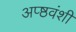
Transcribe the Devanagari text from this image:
अप्ष्ठवंशी